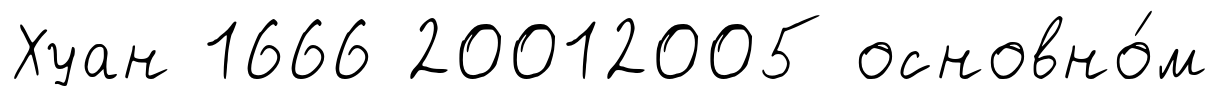
Хуан 1666 20012005 основно́м